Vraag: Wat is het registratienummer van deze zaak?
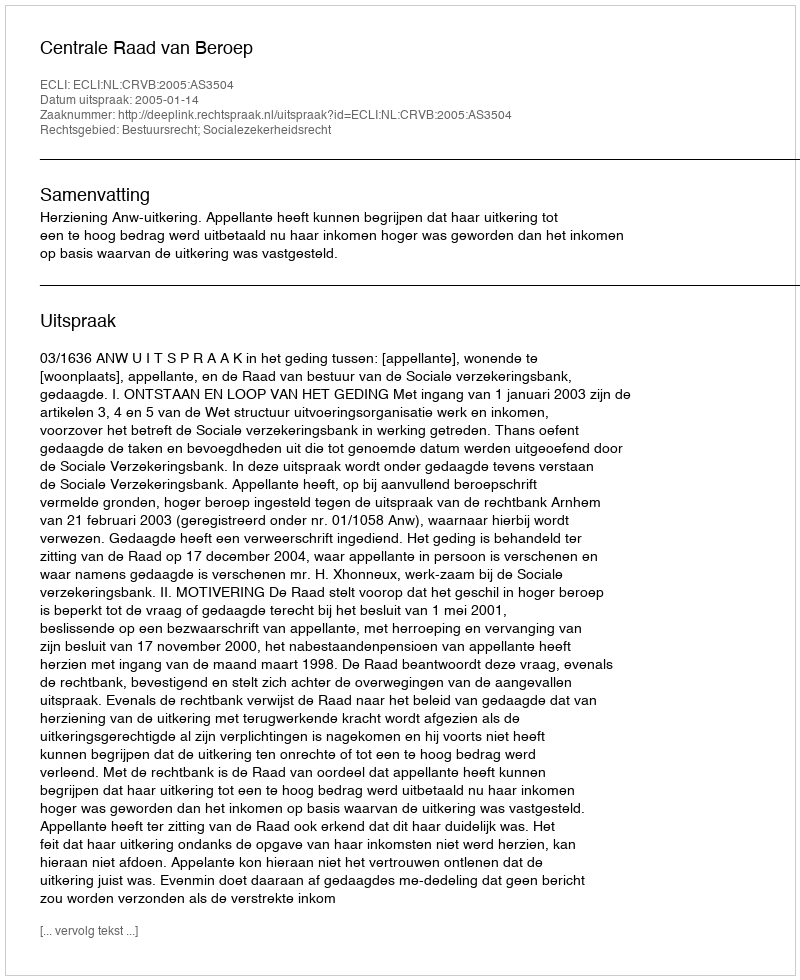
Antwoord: http://deeplink.rechtspraak.nl/uitspraak?id=ECLI:NL:CRVB:2005:AS3504